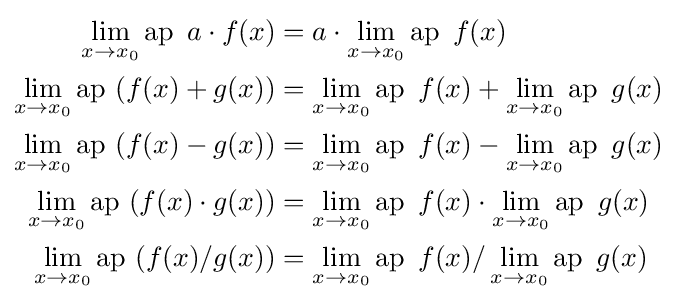
{\begin{aligned}\lim _{x\rightarrow x_{0}}\operatorname {ap} \ a\cdot f(x)&=a\cdot \lim _{x\rightarrow x_{0}}\operatorname {ap} \ f(x)\\\lim _{x\rightarrow x_{0}}\operatorname {ap} \ (f(x)+g(x))&=\lim _{x\rightarrow x_{0}}\operatorname {ap} \ f(x)+\lim _{x\rightarrow x_{0}}\operatorname {ap} \ g(x)\\\lim _{x\rightarrow x_{0}}\operatorname {ap} \ (f(x)-g(x))&=\lim _{x\rightarrow x_{0}}\operatorname {ap} \ f(x)-\lim _{x\rightarrow x_{0}}\operatorname {ap} \ g(x)\\\lim _{x\rightarrow x_{0}}\operatorname {ap} \ (f(x)\cdot g(x))&=\lim _{x\rightarrow x_{0}}\operatorname {ap} \ f(x)\cdot \lim _{x\rightarrow x_{0}}\operatorname {ap} \ g(x)\\\lim _{x\rightarrow x_{0}}\operatorname {ap} \ (f(x)/g(x))&=\lim _{x\rightarrow x_{0}}\operatorname {ap} \ f(x)/\lim _{x\rightarrow x_{0}}\operatorname {ap} \ g(x)\end{aligned}}